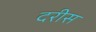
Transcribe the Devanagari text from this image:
दरीस